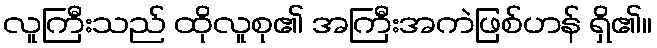
လူကြီးသည် ထိုလူစု၏ အကြီးအကဲဖြစ်ဟန် ရှိ၏။